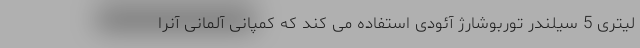
لیتری 5 سیلندر توربوشارژ آئودی استفاده می کند که کمپانی آلمانی آنرا